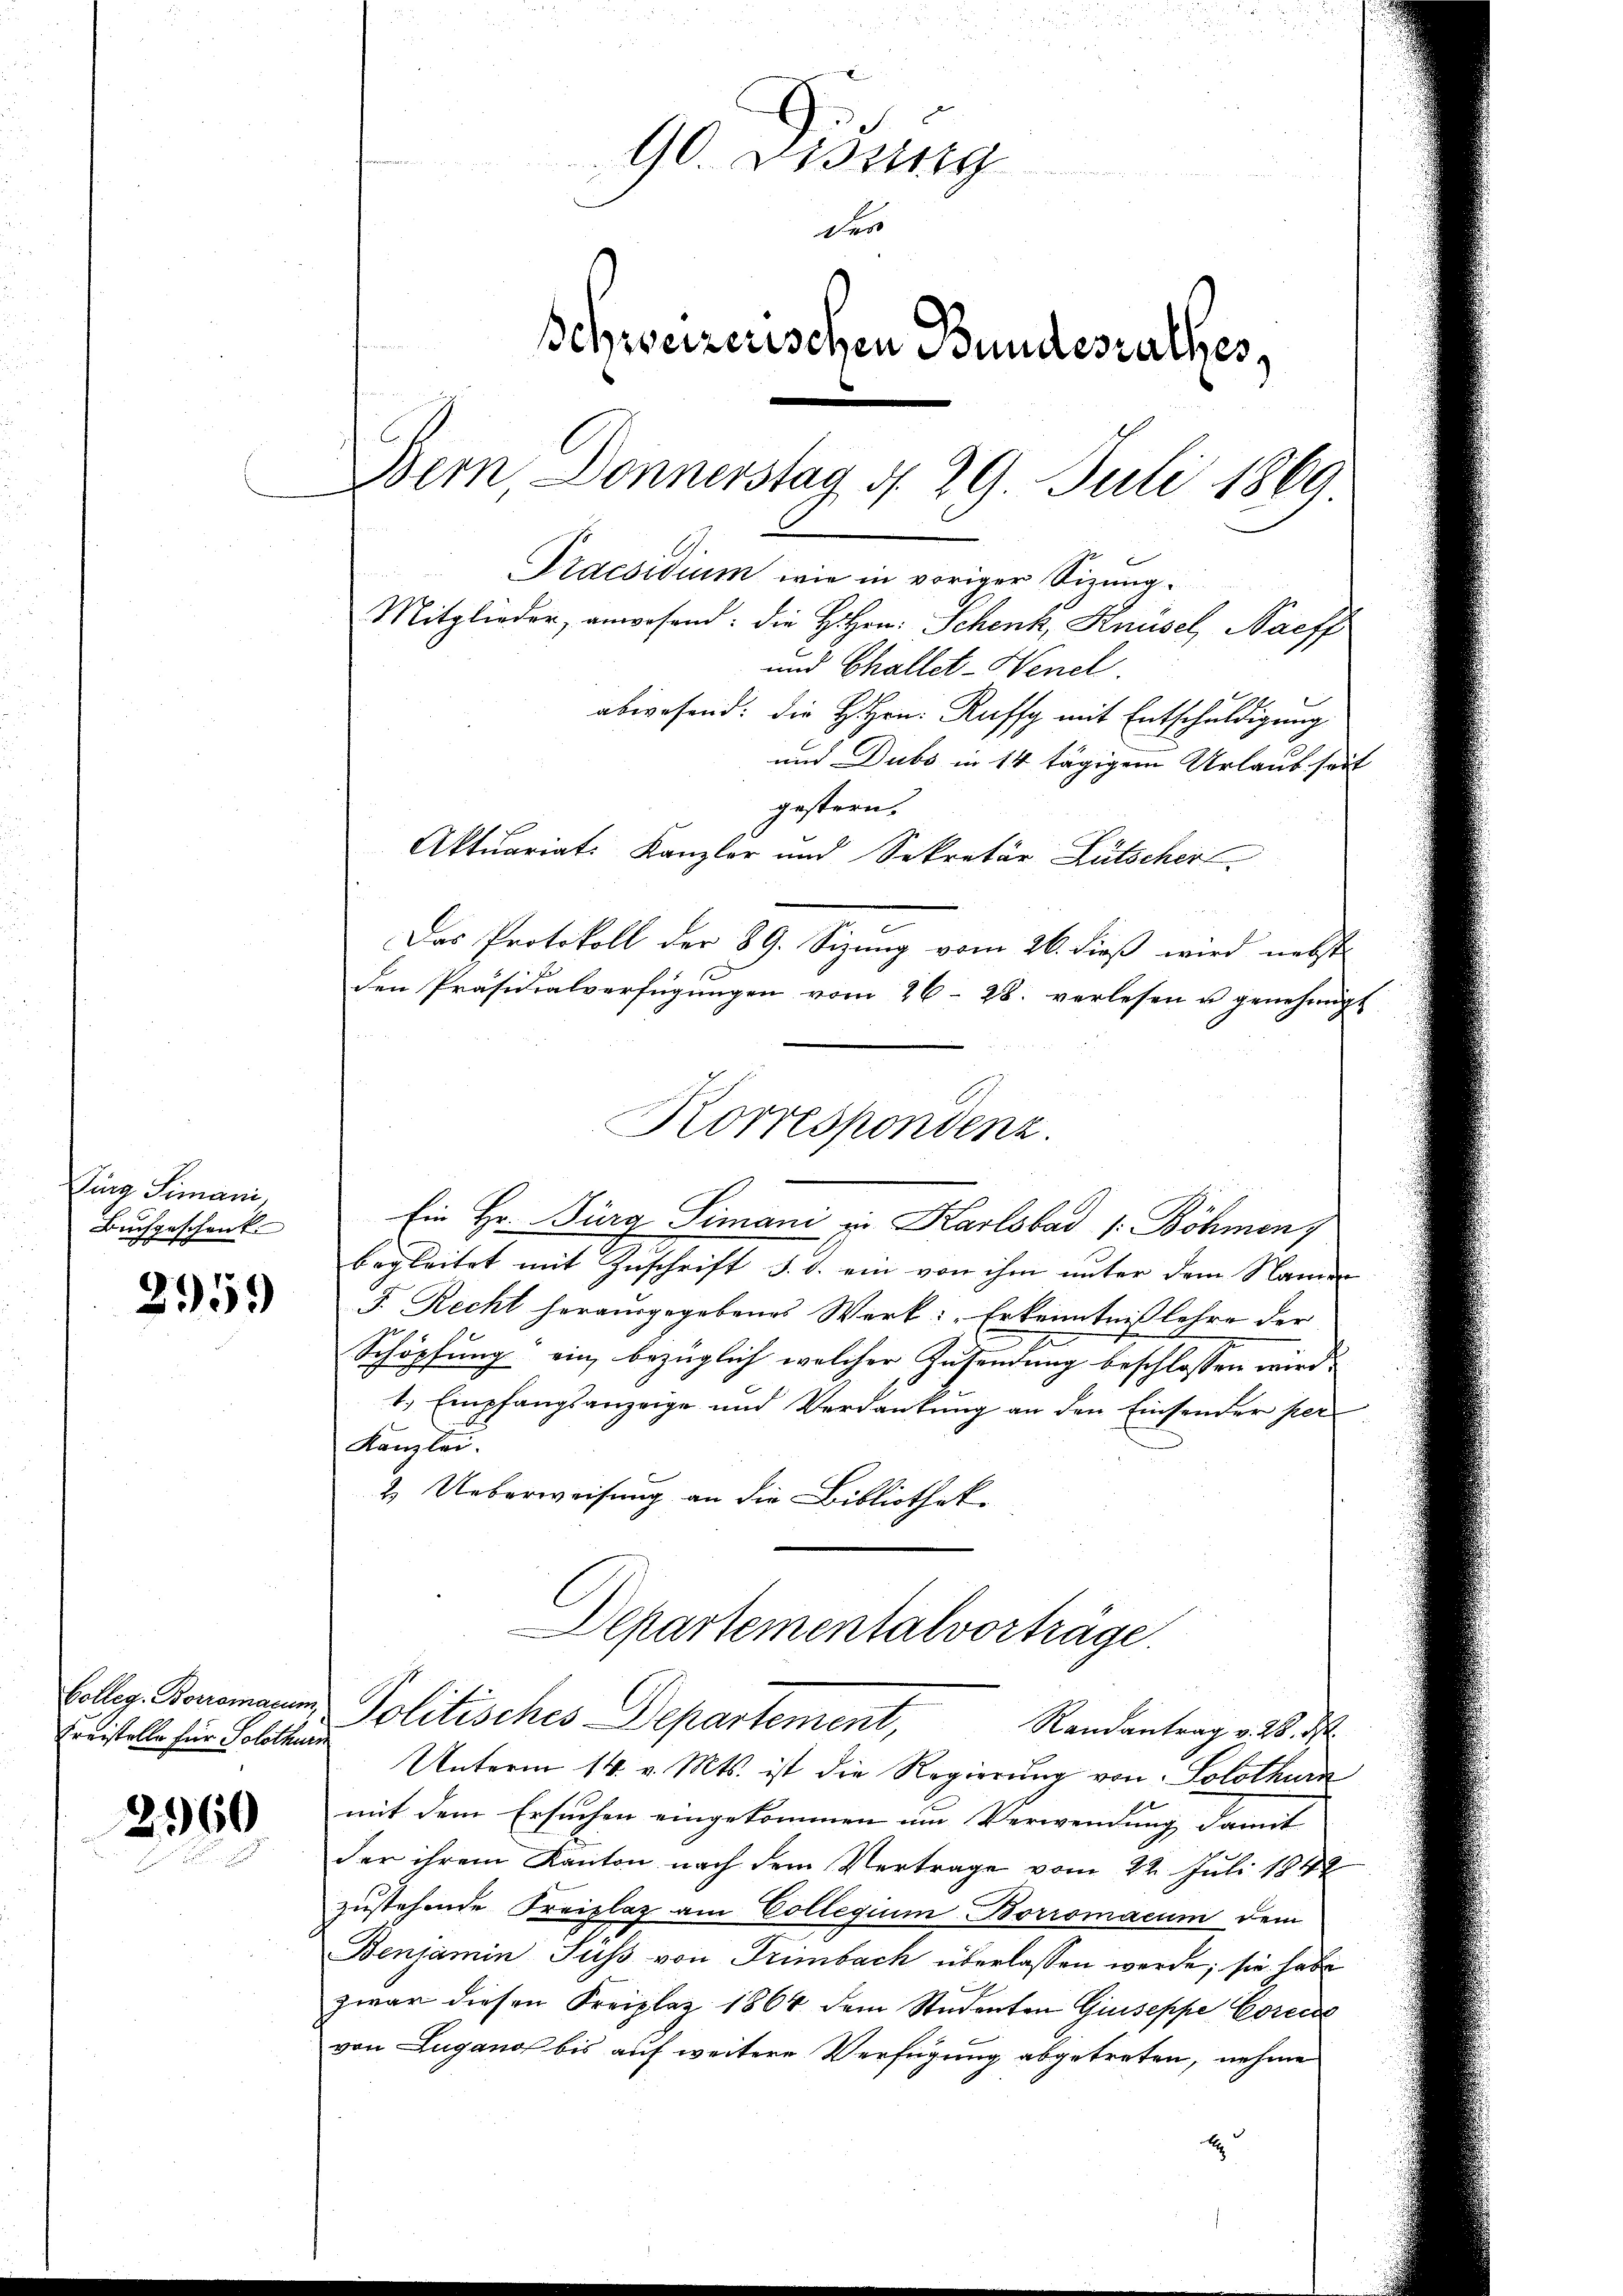
Jurg Simani,
Buchgeschenk.

295.

Colleg. Borromanum,
Kreistelle für Solothurn

2960

90 Didung
e
der
Schweizerischen Bundesrathes,
Dem Donnerstag d. 29 Juli 1869
Praesidium wie in voriger Sizung.
Mitglieder anwesend: die Hrn. Schenk, Knüsel, Nachf
und Challet-Nenel
abwesend: die H. Hrn. Raffy mit Entschuldigung
um Dubs in 14 tägigem Urlaub seit

gestern.
Aktuariats Kanzler und Sekretär Lütscher
Das Protokoll der 89. Sizung vom 26. dieß wird nebst
den Präsidialverfügungen vom 26. 28. verlesen u genehmigt
Ein Hr. Füra Simani in Karlsbad 1. Böhmen,
begleitet mit Zuschrift d. d. ein von ihm unter dem Namen
F. Recht herausgegebenes Werk: „Erkenntniß lehre der
Schöpfung ein, bezüglich welcher Zusendung beschlossen wird.
1., Empfangsanzeige und Verdankung an den Einsender per
Kanzlei.
2. Ueberweisung an die Bibliotheke
Departementalvorträge.
Politisches Departement,
Randantrag v. 28. d.
Unterm 14. v. Mts. ist die Regierung von Solothur
mit dem Ersuchen eingekommen im Verwendung damit
der ihrem Kanton nach dem Vertrage vom 22. Juli 1842
zustehende Freiplaz am Collegium Borromacum dem
Benjamin Fuss von Trimbach überlassen werde; sie habe
zwar diesen Freiplaz 1864 dem Studenten Giuseppe Corec
von Lugano bis auf weitere Verfügung abgetreten, nehme
t

Korrespondenz.